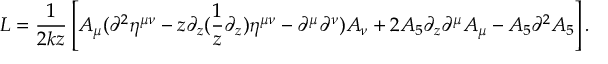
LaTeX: L = \frac { 1 } { 2 k z } \left[ A _ { \mu } ( \partial ^ { 2 } \eta ^ { \mu \nu } - z \partial _ { z } ( \frac { 1 } { z } \partial _ { z } ) \eta ^ { \mu \nu } - \partial ^ { \mu } \partial ^ { \nu } ) A _ { \nu } + 2 A _ { 5 } \partial _ { z } \partial ^ { \mu } A _ { \mu } - A _ { 5 } \partial ^ { 2 } A _ { 5 } \right] .